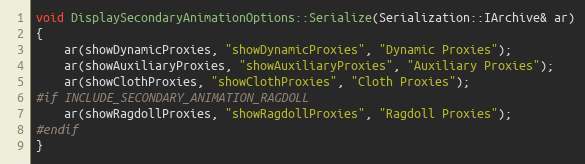
Language: C++
void DisplaySecondaryAnimationOptions::Serialize(Serialization::IArchive& ar)
{
	ar(showDynamicProxies, "showDynamicProxies", "Dynamic Proxies");
	ar(showAuxiliaryProxies, "showAuxiliaryProxies", "Auxiliary Proxies");
	ar(showClothProxies, "showClothProxies", "Cloth Proxies");
#if INCLUDE_SECONDARY_ANIMATION_RAGDOLL
	ar(showRagdollProxies, "showRagdollProxies", "Ragdoll Proxies");
#endif
}